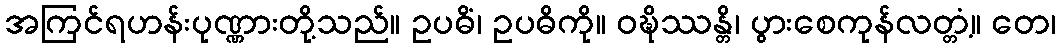
အကြင်ရဟန်းပုဏ္ဏားတို့သည်။ ဥပဓိံ၊ ဥပဓိကို။ ဝဍ္ဎိဿန္တိ၊ ပွားစေကုန်လတ္တံ့။ တေ၊